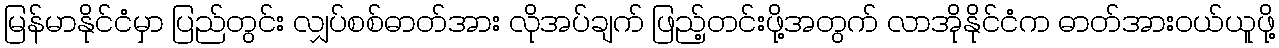
မြန်မာနိုင်ငံမှာ ပြည်တွင်း လျှပ်စစ်ဓာတ်အား လိုအပ်ချက် ဖြည့်တင်းဖို့အတွက် လာအိုနိုင်ငံက ဓာတ်အားဝယ်ယူဖို့